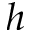
h